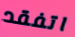
اتفقد